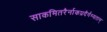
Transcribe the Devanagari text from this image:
साकमितरैर्नाकप्रदैर्गम्यताम्